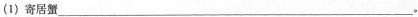
(1)寄居蟹___。